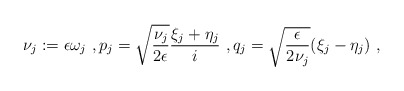
\begin{align*}\nu_j:={\epsilon}\omega_j\ ,p_j=\sqrt\frac{\nu_j}{{2\epsilon}}\frac{\xi_j+\eta_j}{i} \ ,q_j=\sqrt{\frac{\epsilon}{2\nu_j}} (\xi_j-\eta_j) \ ,\end{align*}